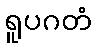
ရူပဂတံ